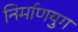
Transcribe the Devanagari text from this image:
निर्माणयुग